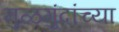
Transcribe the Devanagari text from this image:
मुळगुंदांच्या